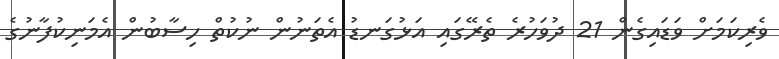
ވެރިކަމަށް ވަޑައިގެން 21 ދުވަހުރެ ތެރޭގައި އަޅުގަނޑު އެތަނުން ނުކުތް ހިސާބުން އެމަނިކުފާނުގެ